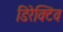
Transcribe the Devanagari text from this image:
डिरेक्टिव